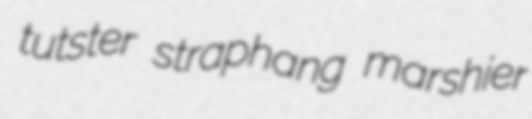
tutster straphang marshier